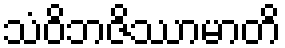
သံဝိဘဇိဿာမာတိ